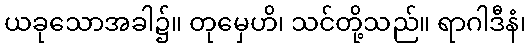
ယခုသောအခါ၌။ တုမှေဟိ၊ သင်တို့သည်။ ရာဂါဒီနံ၊